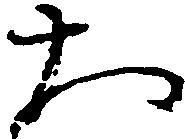
大